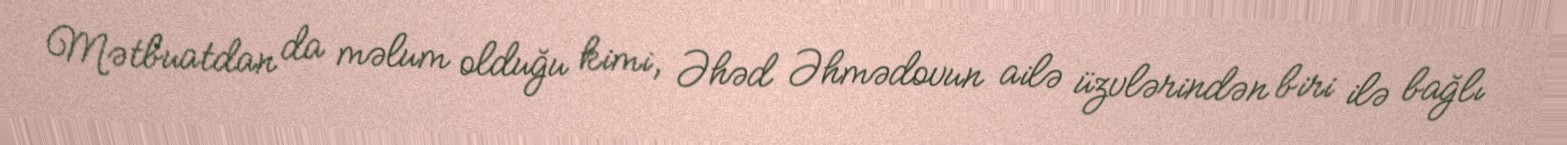
Mətbuatdan da məlum olduğu kimi, Əhəd Əhmədovun ailə üzvlərindən biri ilə bağlı